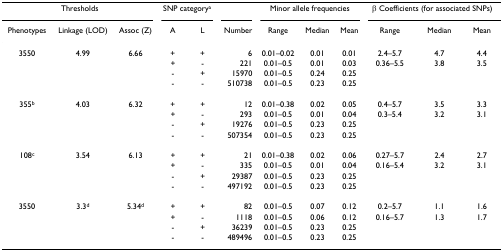
<table><thead><tr><td colspan="3"><b>Thresholds</b></td><td colspan="2"><b>SNP category<sup>a</sup></b></td><td></td><td colspan="3"><b>Minor allele frequencies</b></td><td colspan="3"><b>β Coefficients (for associated SNPs)</b></td></tr><tr><td><b>Phenotypes</b></td><td><b>Linkage (LOD)</b></td><td><b>Assoc (Z)</b></td><td><b>A</b></td><td><b>L</b></td><td><b>Number</b></td><td><b>Range</b></td><td><b>Median</b></td><td><b>Mean</b></td><td><b>Range</b></td><td><b>Median</b></td><td><b>Mean</b></td></tr></thead><tbody><tr><td>3550</td><td>4.99</td><td>6.66</td><td>+</td><td>+</td><td>6</td><td>0.01–0.02</td><td>0.01</td><td>0.01</td><td>2.4–5.7</td><td>4.7</td><td>4.4</td></tr><tr><td></td><td></td><td></td><td>+</td><td>-</td><td>221</td><td>0.01–0.5</td><td>0.01</td><td>0.03</td><td>0.36–5.5</td><td>3.8</td><td>3.5</td></tr><tr><td></td><td></td><td></td><td>-</td><td>+</td><td>15970</td><td>0.01–0.5</td><td>0.24</td><td>0.25</td><td></td><td></td><td></td></tr><tr><td></td><td></td><td></td><td>-</td><td>-</td><td>510738</td><td>0.01–0.5</td><td>0.23</td><td>0.25</td><td></td><td></td><td></td></tr><tr><td>355<sup>b</sup></td><td>4.03</td><td>6.32</td><td>+</td><td>+</td><td>12</td><td>0.01–0.38</td><td>0.02</td><td>0.05</td><td>0.4–5.7</td><td>3.5</td><td>3.3</td></tr><tr><td></td><td></td><td></td><td>+</td><td>-</td><td>293</td><td>0.01–0.5</td><td>0.01</td><td>0.04</td><td>0.3–5.4</td><td>3.2</td><td>3.1</td></tr><tr><td></td><td></td><td></td><td>-</td><td>+</td><td>19276</td><td>0.01–0.5</td><td>0.23</td><td>0.25</td><td></td><td></td><td></td></tr><tr><td></td><td></td><td></td><td>-</td><td>-</td><td>507354</td><td>0.01–0.5</td><td>0.23</td><td>0.25</td><td></td><td></td><td></td></tr><tr><td>108<sup>c</sup></td><td>3.54</td><td>6.13</td><td>+</td><td>+</td><td>21</td><td>0.01–0.38</td><td>0.02</td><td>0.06</td><td>0.27–5.7</td><td>2.4</td><td>2.7</td></tr><tr><td></td><td></td><td></td><td>+</td><td>-</td><td>335</td><td>0.01–0.5</td><td>0.01</td><td>0.04</td><td>0.16–5.4</td><td>3.2</td><td>3.1</td></tr><tr><td></td><td></td><td></td><td>-</td><td>+</td><td>29387</td><td>0.01–0.5</td><td>0.23</td><td>0.25</td><td></td><td></td><td></td></tr><tr><td></td><td></td><td></td><td>-</td><td>-</td><td>497192</td><td>0.01–0.5</td><td>0.23</td><td>0.25</td><td></td><td></td><td></td></tr><tr><td>3550</td><td>3.3<sup>d</sup></td><td>5.34<sup>d</sup></td><td>+</td><td>+</td><td>82</td><td>0.01–0.5</td><td>0.07</td><td>0.12</td><td>0.2–5.7</td><td>1.1</td><td>1.6</td></tr><tr><td></td><td></td><td></td><td>+</td><td>-</td><td>1118</td><td>0.01–0.5</td><td>0.06</td><td>0.12</td><td>0.16–5.7</td><td>1.3</td><td>1.7</td></tr><tr><td></td><td></td><td></td><td>-</td><td>+</td><td>36239</td><td>0.01–0.5</td><td>0.23</td><td>0.25</td><td></td><td></td><td></td></tr><tr><td></td><td></td><td></td><td>-</td><td>-</td><td>489496</td><td>0.01–0.5</td><td>0.23</td><td>0.25</td><td></td><td></td><td></td></tr></tbody></table>